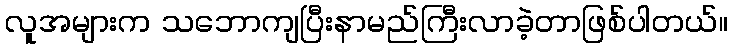
လူအများက သဘောကျပြီးနာမည်ကြီးလာခဲ့တာဖြစ်ပါတယ်။